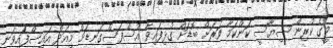
މީގެ ކުރިން ސިޔާސީ ކަންކަމާ ވަރަށް ބޮޑަށް ގުޅިފައިވާ އުސްފަސްގަނޑަށް މިއަދު އައިސްފައިވަނީ